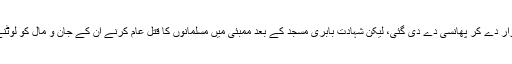
بی جے پی حکومت میں ممبئی سلسلہ وار بم دھماکوں کے ایک ملزم یعقوب میمن کو پاکستانی ایجنٹ قرار دے کر پھانسی دے دی گئی، لیکن شہادت بابری مسجد کے بعد ممبئی میں مسلمانوں کا قتل عام کرنے ان کے جان و مال کو لوٹنے والوں کی سری کرشنا کمیشن کی نشاندہی کے باوجود کسی مجرم کسی قاتل کو پھانسی نہیں دی گئی۔